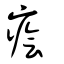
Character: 癐